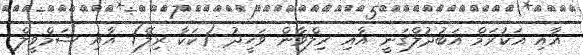
އާއި އަކުރަމް އަބުދުލްގަނީ އާއި ރިލްވާން ވަހީދު (ކަކާ ރިލޭ) އާއި ޝަމްވީލް